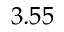
3 . 5 5